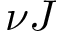
\nu J